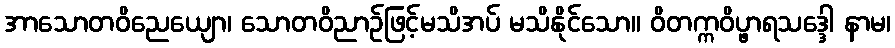
အာသောတဝိညေယျော၊ သောတဝိညာဉ်ဖြင့်မသိအပ် မသိနိုင်သော။ ဝိတက္ကဝိပ္ဖာရသဒ္ဒေါ နာမ၊